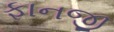
ફાનજી